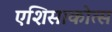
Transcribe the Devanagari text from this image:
एशिसाकोत्स